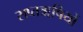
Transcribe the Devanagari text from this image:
सप्तॠषियों